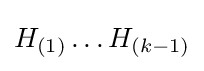
H_{(1)}\ldots H_{(k-1)}